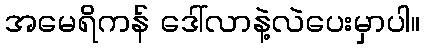
အမေရိကန် ဒေါ်လာနဲ့လဲပေးမှာပါ။